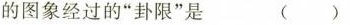
的图象经过的”卦限”是 （）